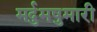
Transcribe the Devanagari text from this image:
मर्दुमषुमारी